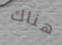
هناك